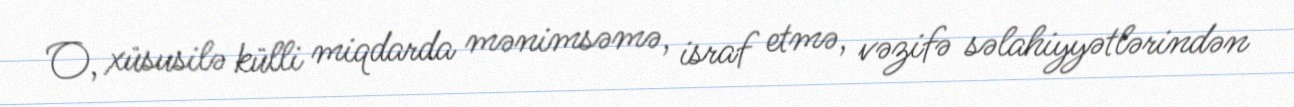
O, xüsusilə külli miqdarda mənimsəmə, israf etmə, vəzifə səlahiyyətlərindən